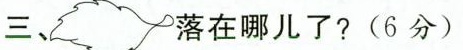
三、_________落在哪儿了?(6分)